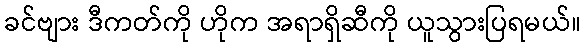
ခင်ဗျား ဒီကတ်ကို ဟိုက အရာရှိဆီကို ယူသွားပြရမယ်။